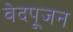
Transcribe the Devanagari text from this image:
वेदपूजन